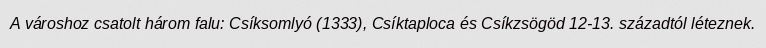
A városhoz csatolt három falu: Csíksomlyó (1333), Csíktaploca és Csíkzsögöd 12-13. századtól léteznek.